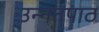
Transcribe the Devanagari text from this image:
उन्नतपाठ